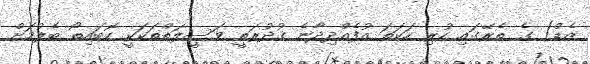
ޒެޑް) ގެ ތެރޭގައި ހުރި ހަކަތަ އުފެއްދިދާނެ ޤުދުރަތީ ވަސީލަތްތަކަކީ ކޮބައިތޯ ބެލުމަށް